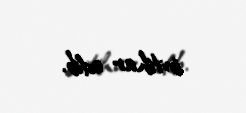
intihar edib.